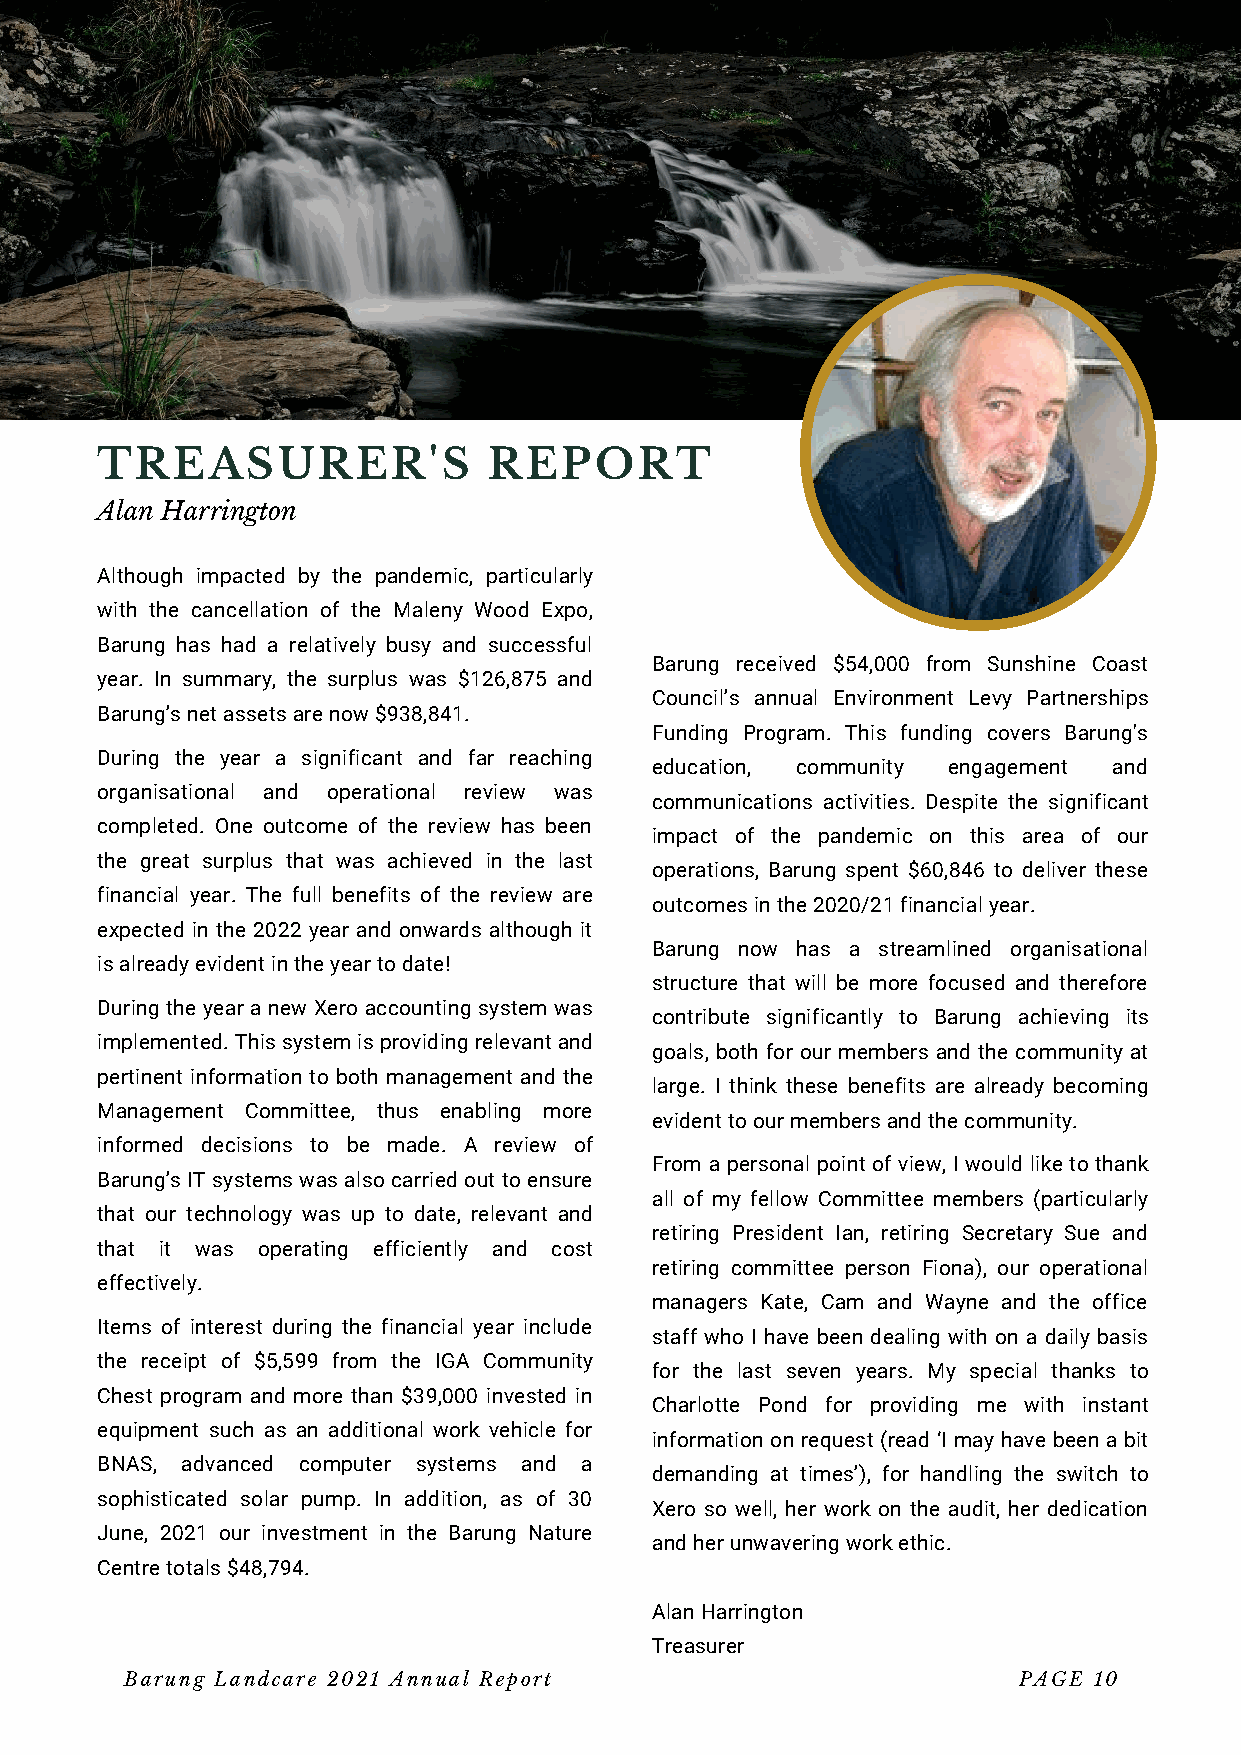
TREASURER'S               REPORT
 Alan Harrington
 Although impacted by the pandemic, particularly
 with the cancellation of the Maleny Wood Expo,
 Barung has had a relatively busy and successful
 Barung received $54,000 from Sunshine Coast
 year. In summary, the surplus was $126,875 and
 Council’s annual Environment Levy Partnerships
 Barung’s net assets are now $938,841.
 Funding Program. This funding covers Barung's
 During the year a significant and far reaching
 education, community engagement and
 organisational and operational review was
 communications activities. Despite the significant
 completed. One outcome of the review has been
 impact of the pandemic on this area of our
 the great surplus that was achieved in the last
 operations, Barung spent $60,846 to deliver these
 financial year. The full benefits of the review are
 outcomes in the 2020/21 financial year.
 expected in the 2022 year and onwards although it
 Barung now has a streamlined organisational
 is already evident in the year to date!
 structure that will be more focused and therefore
 During the year a new Xero accounting system was
 contribute significantly to Barung achieving its
 implemented. This system is providing relevant and
 goals, both for our members and the community at
 pertinent information to both management and the
 large. I think these benefits are already becoming
 Management Committee, thus enabling more
 evident to our members and the community.
 informed decisions to be made. A review of
 From a personal point of view, I would like to thank
 Barung’s IT systems was also carried out to ensure
 all of my fellow Committee members (particularly
 that our technology was up to date, relevant and
 retiring President Ian, retiring Secretary Sue and
 that it was operating efficiently and cost
 retiring committee person Fiona), our operational
 effectively.
 managers Kate, Cam and Wayne and the office
 Items of interest during the financial year include
 staff who I have been dealing with on a daily basis
 the receipt of $5,599 from the IGA Community
 for the last seven years. My special thanks to
 Chest program and more than $39,000 invested in
 Charlotte Pond for providing me with instant
 equipment such as an additional work vehicle for
 information on request (read ‘I may have been a bit
 BNAS, advanced computer systems and a
 demanding at times’), for handling the switch to
 sophisticated solar pump. In addition, as of 30
 Xero so well, her work on the audit, her dedication
 June, 2021 our investment in the Barung Nature
 and her unwavering work ethic.
 Centre totals $48,794.
 Alan Harrington
 Treasurer
 Barung Landcare 2021 Annual Report                         PAGE 10